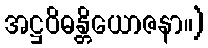
အဋ္ဌဝိဓန္တိယောဇနာ။)